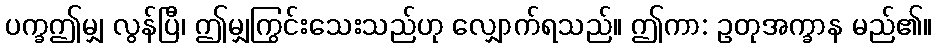
ပက္ခဤမျှ လွန်ပြီ၊ ဤမျှကြွင်းသေးသည်ဟု လျှောက်ရသည်။ ဤကာ: ဥတုအက္ခာန မည်၏။